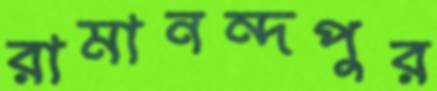
রামানন্দপুর